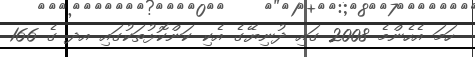
ހަމަ އެހެންމެ 2008 ގައި ދުނިޔޭގެ އެކި ކަންކޮޅުތަކުގައި އދ ގެ 166